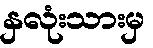
နှလုံးသားမှ